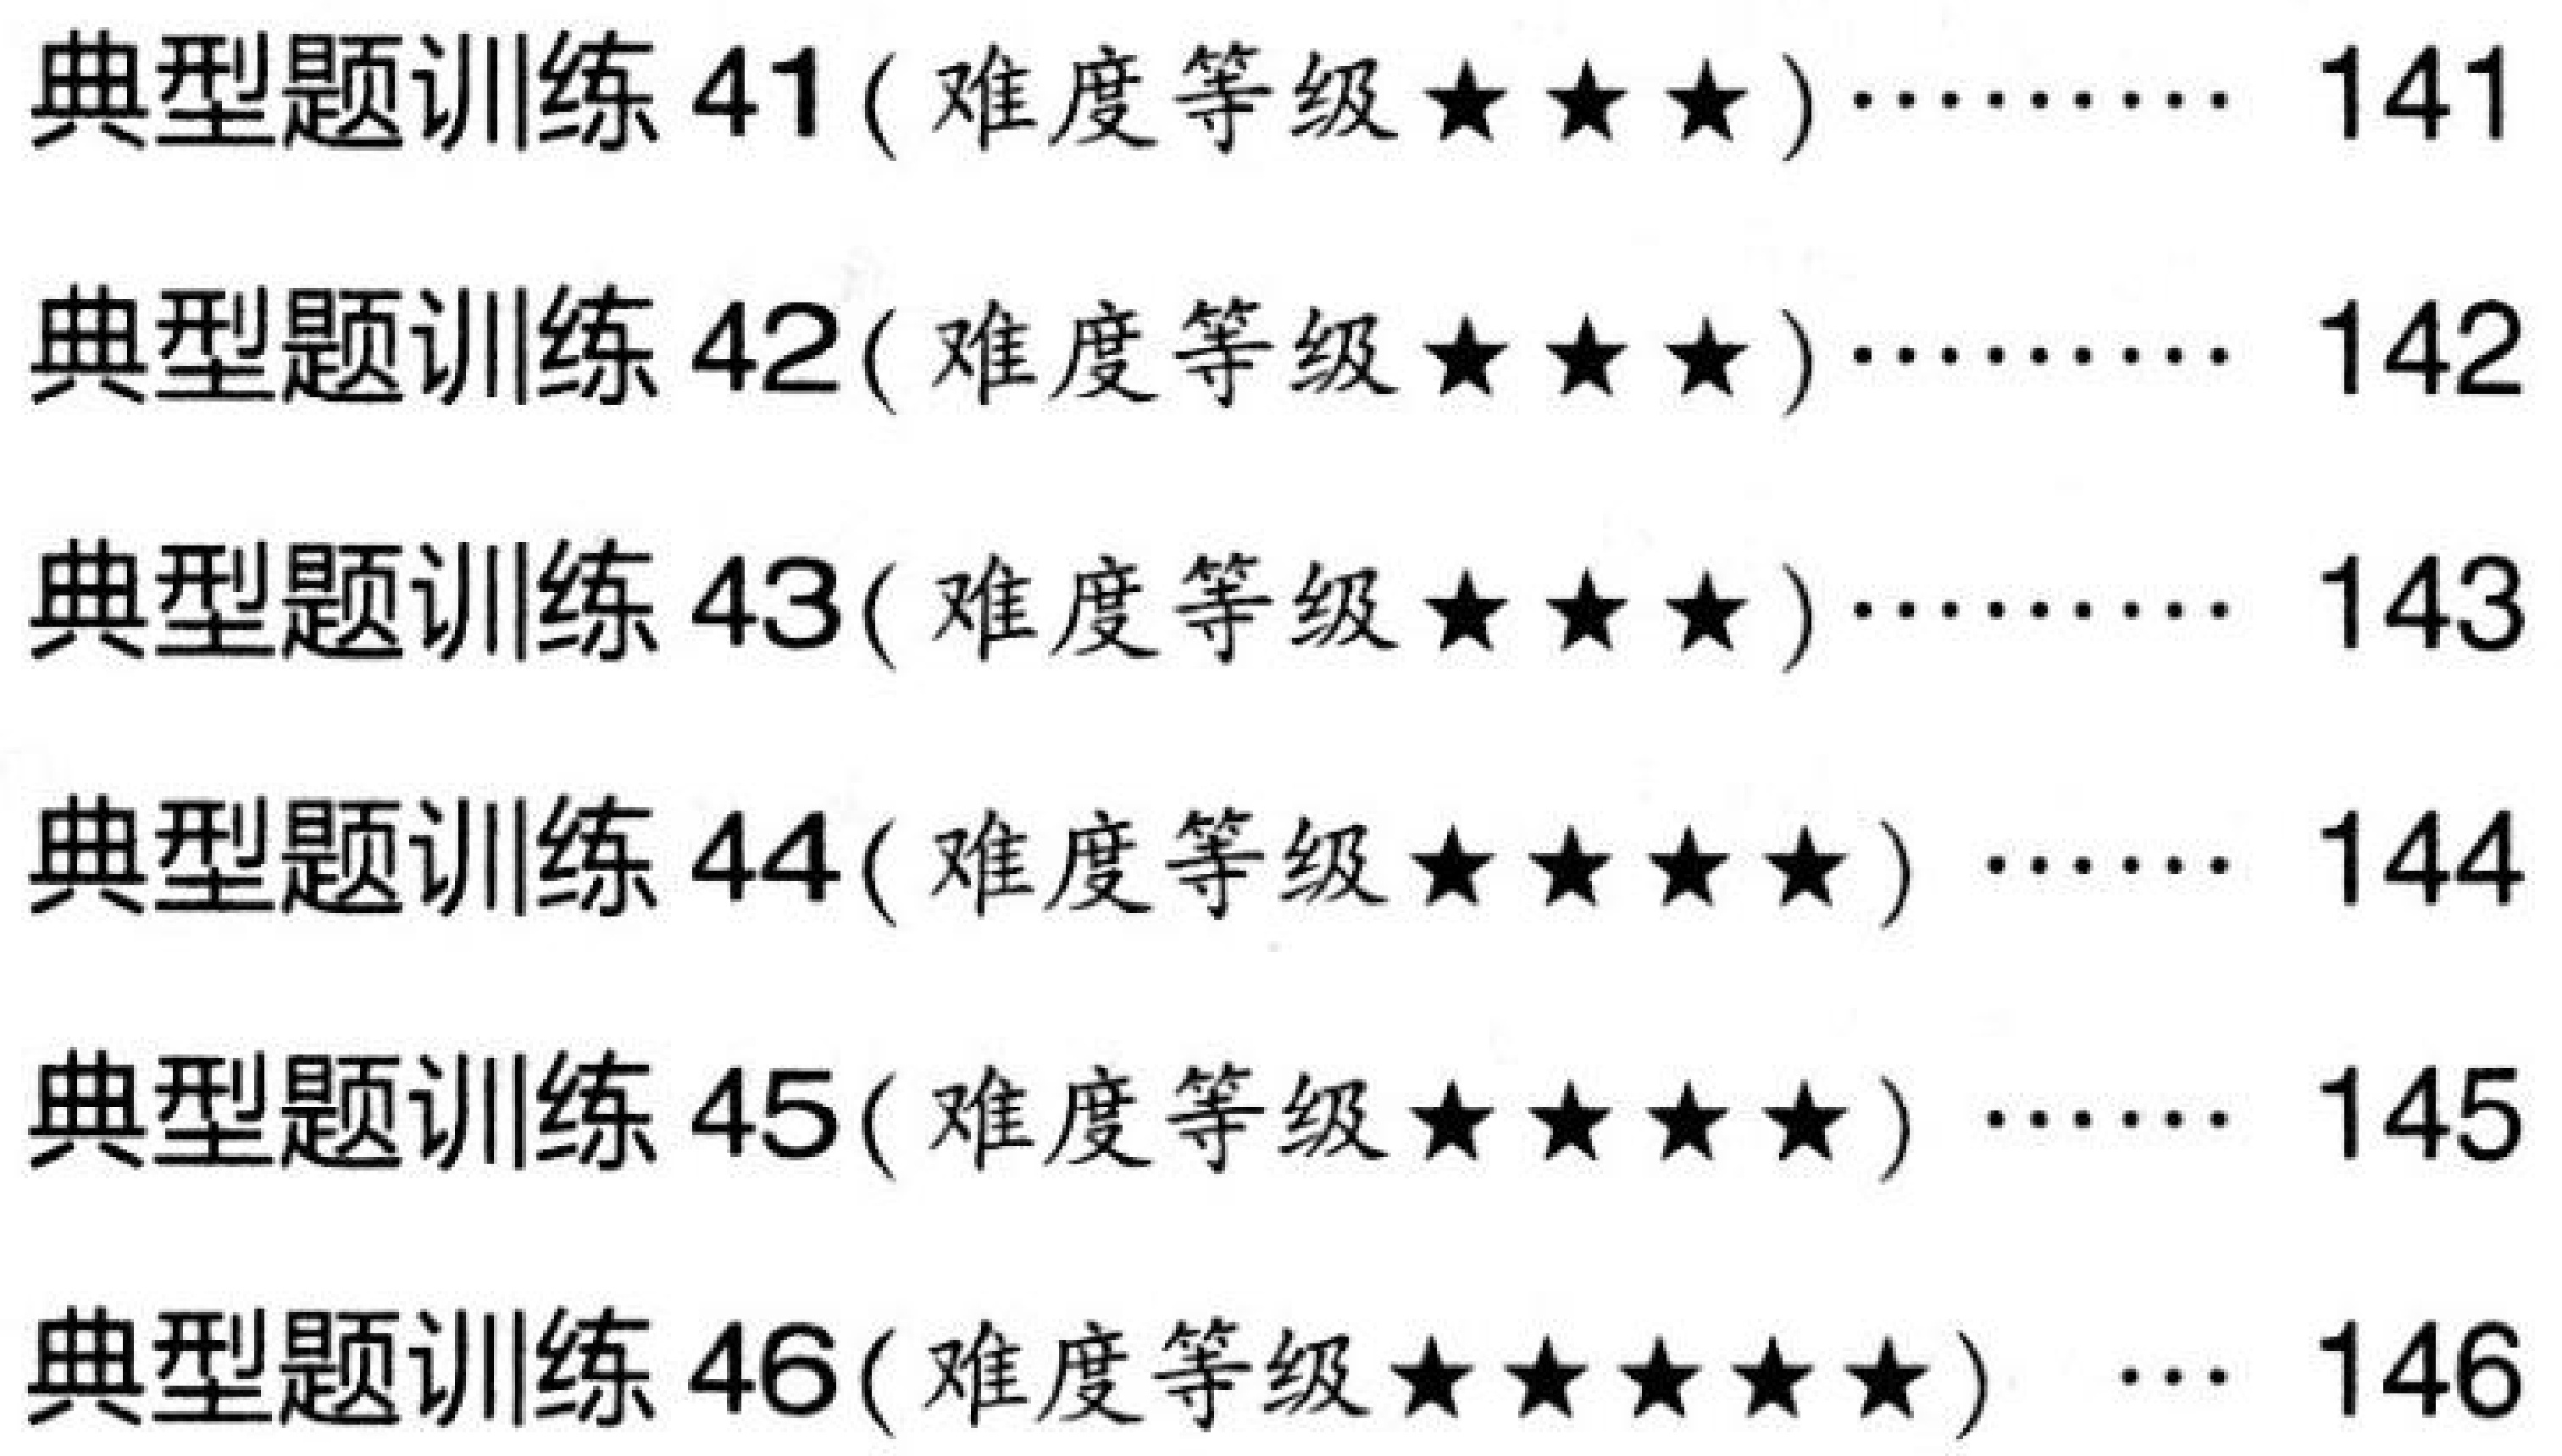
典型题训练 \(41\)( 难度等级\(\star\star\star\))\(\cdots\cdots\) \(141\)
典型题训练 \(42\)( 难度等级\(\star\star\star\))\(\cdots\cdots\) \(142\)
典型题训练 \(43\)( 难度等级\(\star\star\star\))\(\cdots\cdots\) \(143\)
典型题训练 \(44\)( 难度等级\(\star\star\star\star\)) \(\cdots\) \(144\)
典型题训练 \(45\)( 难度等级\(\star\star\star\star\)) \(\cdots\cdots\) \(145\)
典型题训练 \(46\)( 难度等级\(\star\star\star\star\star\))  \(\cdots\) \(146\)